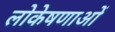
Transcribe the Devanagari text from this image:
लोकेषणाओं